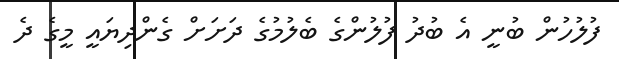
ފުލުހުން ބުނީ އެ ބުދު ފުލުންގެ ބެލުމުގެ ދަށަށް ގެންދިޔައީ މީގެ ދެ